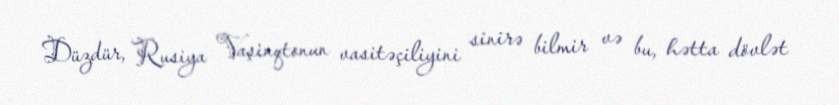
Düzdür, Rusiya Vaşinqtonun vasitəçiliyini sinirə bilmir və bu, hətta dövlət